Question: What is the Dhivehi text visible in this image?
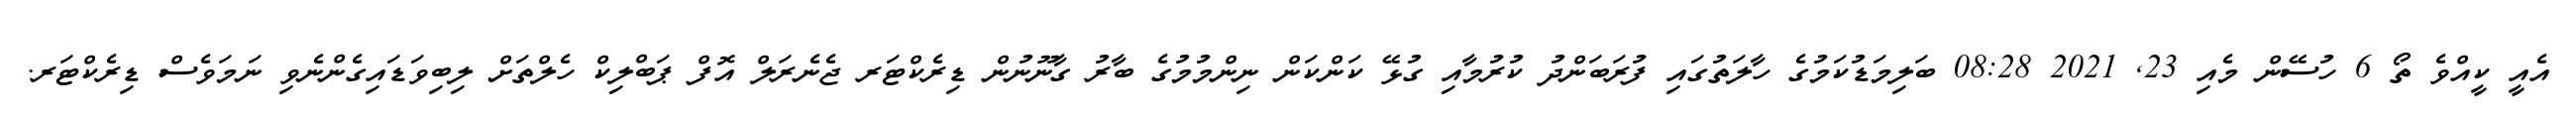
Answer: އެއީ ކީއްވެ ތޯ 6 ހުސޭން މެއި 23, 2021 08:28 ބަލިމަޑުކަމުގެ ހާލަތުގައި ފުރަބަންދު ކުރުމާއި ގުޅޭ ކަންކަން ނިންމުމުގެ ބާރު ގާނޫނުން ޑިރެކްޓަރ ޖެނެރަލް އޮފް ޕަބްލިކް ހެލްތަށް ލިބިވަޑައިގެންނެވި ނަމަވެސް ޑިރެކްޓަރ.